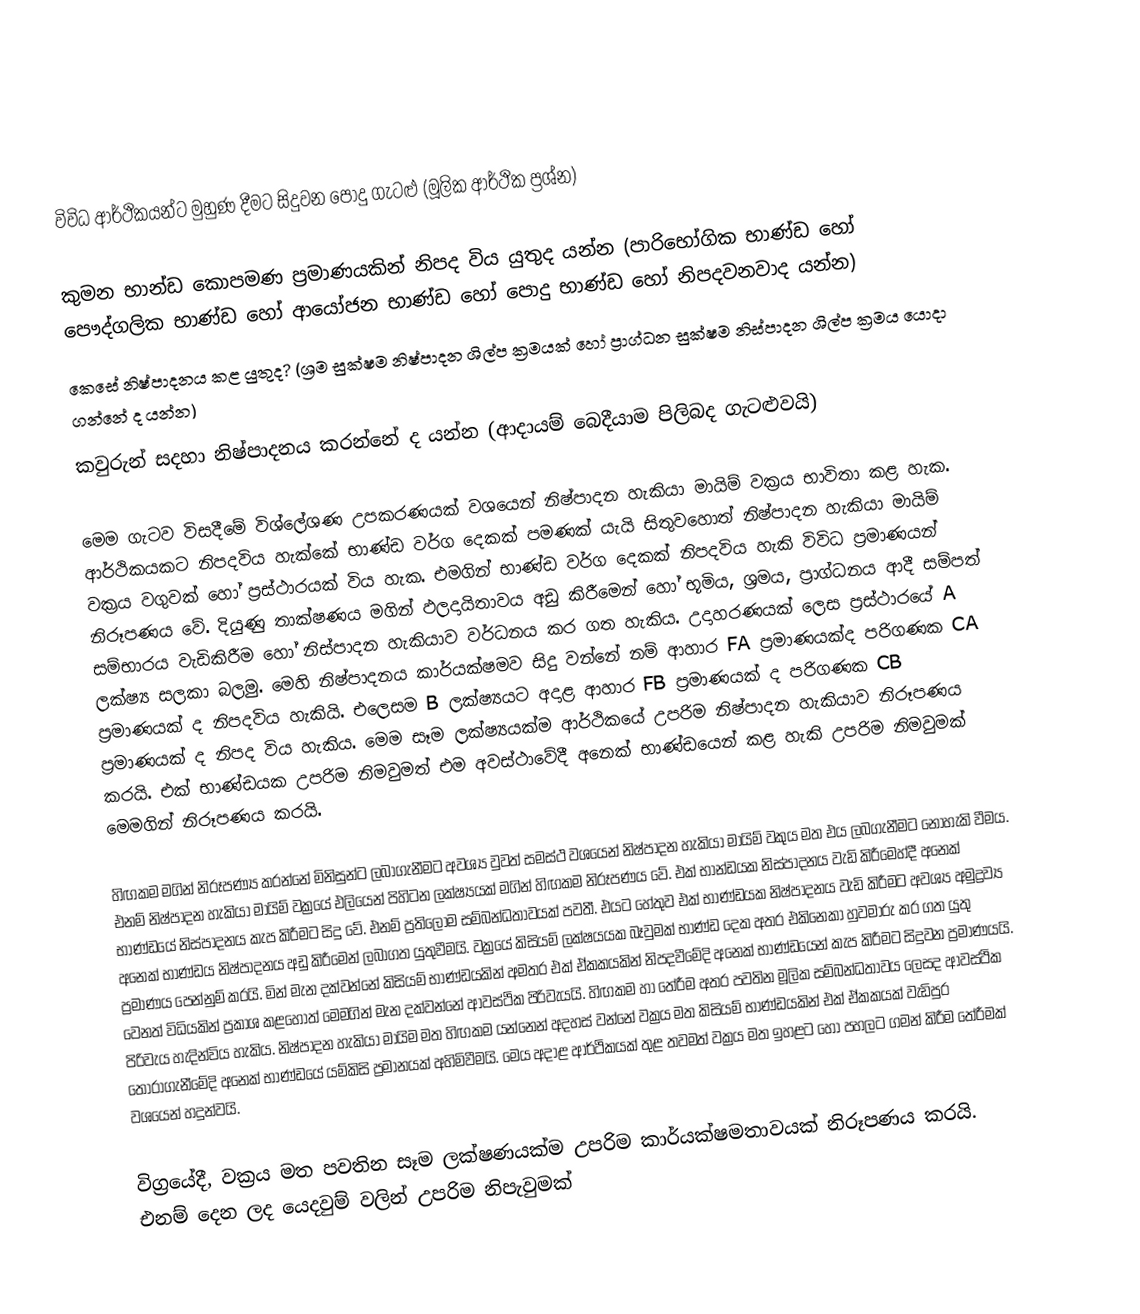

විවිධ ආර්ථිකයන්ට මුහුණ දීමට සිදුවන පොදු ගැටළු (මූලික ආර්ථික ප්‍රශ්න)

කුමන භාන්ඩ කොපමණ ප්‍රමාණයකින් නිපද විය යුතුද යන්න (පාරිභෝගික භාණ්ඩ හෝ පෞද්ගලික භාණ්ඩ හෝ ආයෝජන භාණ්ඩ හෝ පොදු භාණ්ඩ හෝ නිපදවනවාද යන්න)
කෙසේ නිෂ්පාදනය කළ යුතුද? (ශ්‍රම සුක්ෂම නිෂ්පාදන ශිල්ප ක්‍රමයක් හෝ ප්‍රාග්ධන සුක්ෂම නිස්පාදන ශිල්ප ක්‍රමය යොදා ගන්නේ ද යන්න)
කවුරුන් සදහා නිෂ්පාදනය කරන්නේ ද යන්න (ආදායම් බෙදීයාම පිලිබද ගැටළුවයි)

මෙම ගැටව විසදීමේ විශ්ලේශණ උපකරණයක් වශයෙන් නිෂ්පාදන හැකියා මායිම් වක්‍රය භාවිතා කළ හැක. ආර්ථිකයකට නිපදවිය හැක්කේ භාණ්ඩ වර්ග දෙකක් පමණක් යැයි සිතුවහොත් නිෂ්පාදන හැකියා මායිම් වක්‍රය වගුවක් හෝ ප්‍රස්ථාරයක් විය හැක. එමගින් භාණ්ඩ වර්ග දෙකක් නිපදවිය හැකි විවිධ ප්‍රමාණයන් නිරූපණය වේ. දියුණු තාක්ෂණය මගින් ඵලදායිතාවය අඩු කිරීමෙන් හෝ භූමිය, ශ්‍රමය, ප්‍රාග්ධනය ආදී සම්පත් සම්භාරය වැඩිකිරීම හෝ නිස්පාදන හැකියාව වර්ධනය කර ගත හැකිය. උදාහරණයක් ලෙස ප්‍රස්ථාරයේ A ලක්ෂ්‍ය සලකා බලමු. මෙහි නිෂ්පාදනය කාර්යක්ෂමව සිදු වන්නේ නම් ආහාර FA ප්‍රමාණයක්ද පරිගණක CA ප්‍රමාණයක් ද නිපදවිය හැකියි. එලෙසම B ලක්ෂ්‍යයට අදාළ ආහාර FB ප්‍රමාණයක් ද පරිගණක CB ප්‍රමාණයක් ද නිපද විය හැකිය. මෙම සෑම ලක්ෂ්‍යයක්ම ආර්ථිකයේ උපරිම නිෂ්පාදන හැකියාව නිරූපණය කරයි. එක් භාණ්ඩයක උපරිම නිමවුමත් එම අවස්ථාවේදී අනෙක් භාණ්ඩයෙන් කළ හැකි උපරිම නිමවුමක් මෙමගින් නිරූපණය කරයි.

හිඟකම මගින් නිරූපණ්‍ය කරන්නේ මිනිසුන්ට ලබාගැනීමට අවශ්‍ය වුවත් සමස්ථ වශයෙන් නිෂ්පාදන හැකියා මායිම් වකුය මත එය ලබ‍ගැනීමට නොහැකි වීමය. එනම් නිෂ්පාදන හැකියා මායිම් වක්‍රයේ එලියෙන් පිහිටන ලක්ෂ්‍යයක් මගින් හිඟකම නිරූපණය වේ. එක් භාන්ඩයක නිස්පාදනය වැඩි කිරීමෙහ්දී අනෙක් භාණ්ඩයේ නිස්පාදනය කැප කිරීමට සිදු වේ. එනම් ප්‍රතිලෝම සම්බන්ධතාවයක් පවතී. එයට හේතුව එක් භාණ්ඩයක නිෂ්පාදනය වැඩි කිරීමට අවශ්‍ය අමුද්‍රව්‍ය අනෙක් භාණ්ඩය නිෂ්පාදනය අඩු කිරීමෙන් ලබාගත යුතුවීමයි. වක්‍රයේ කිසියම් ලක්ෂයයක බෑවුමක් භාණ්ඩ දෙක අතර එකිනෙකා හුවමාරු කර ගත යුතු ප්‍රමාණය පෙන්නුම් කරයි. මින් මැන දක්වන්නේ කිසියම් භාණ්ඩයකින් අමතර එක් ඒකකයකින් නිපදවීමේදි අනෙක් භාණ්ඩයෙන් කැප කිරීමට සිදුවන ප්‍රමාණයයි. වෙනත් විධියකින් ප්‍රකාශ කළහොත් මෙමගින් මැන දක්වන්නේ ආවස්ථික පිරිවැයයි. හිඟකම හා තේරීම අතර පවතින මූලික සම්බන්ධතාවය ලෙසද ආවස්ථික පිරිවැය හැදින්විය හැකිය.  නිෂ්පාදන හැකියා මායිම මත හිඟකම යන්නෙන් අදහස් වන්නේ වක්‍රය මත කිසියම් භාණ්ඩයකින් එක් ඒකකයක් වැඩිපුර තෝරාගැනීමේදි අනෙක් භාණ්ඩයේ යම්කිසි ප්‍රමානයක් අහිමිවීමයි. මෙය අදාළ ආර්ථිකයක් තුළ තවමත් වක්‍රය මත ඉහළට හෝ පහලට ගමන් කිරීම තේරීමක් වශයෙන් හදුන්වයි.

විග්‍රයේදී, වක්‍රය මත පවතින සෑම ලක්ෂණයක්ම උපරිම කාර්යක්ෂමතාවයක් නිරූපණය කරයි. එනම් දෙන ලද යෙදවුම් වලින් උපරිම නිපැවුමක්